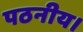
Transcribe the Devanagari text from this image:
पठनीय।